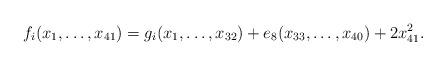
LaTeX: \begin{align*}f_i(x_1,\ldots,x_{41})=g_i(x_1,\ldots,x_{32})+e_8(x_{33},\ldots,x_{40})+2x_{41}^2.\end{align*}